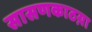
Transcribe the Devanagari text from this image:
सासणकाठय़ा